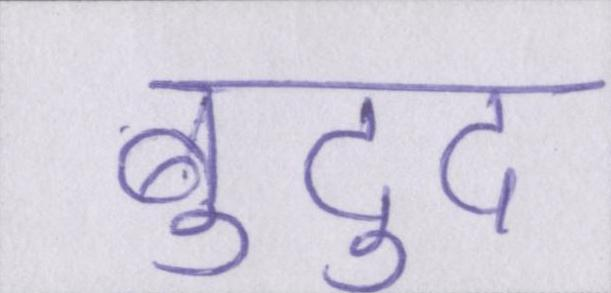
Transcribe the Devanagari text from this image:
बुद्दु